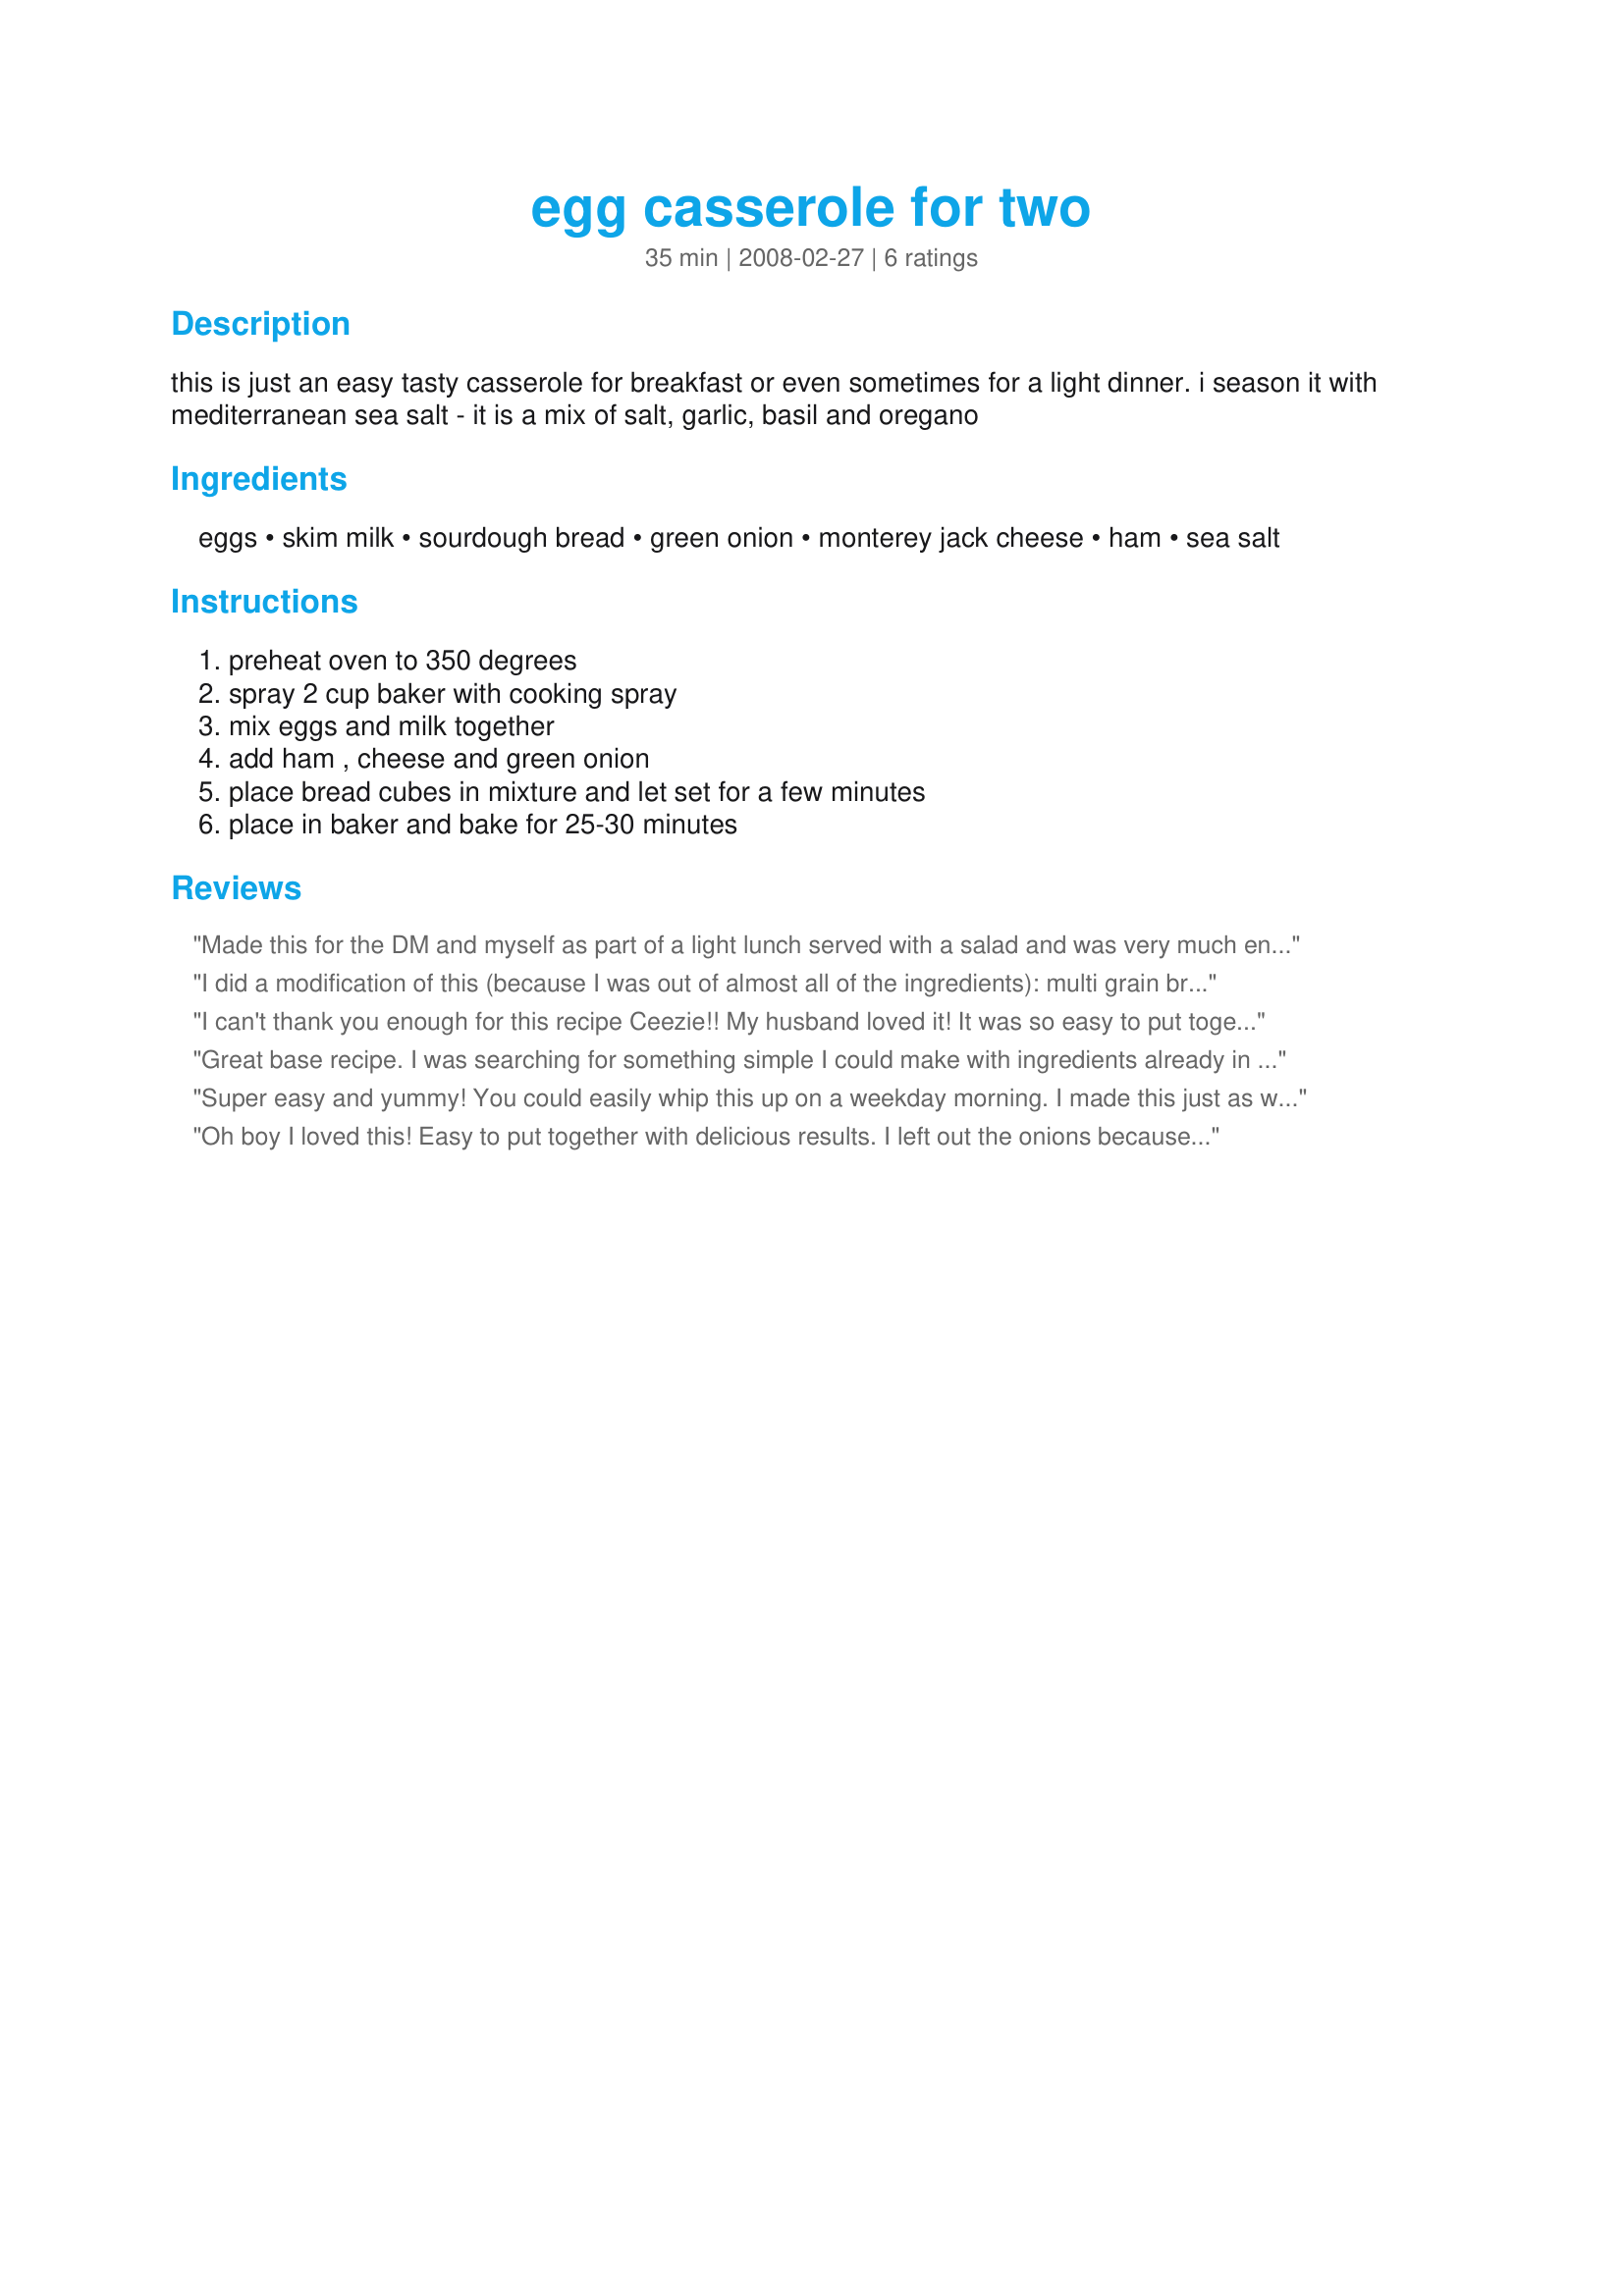
egg casserole for two
Preparation time: 35 minutes

this is just an easy tasty casserole for breakfast or even sometimes for a light dinner. i season it with mediterranean sea salt - it is a mix of salt, garlic, basil and oregano

Ingredients:
eggs, skim milk, sourdough bread, green onion, monterey jack cheese, ham, sea salt

Steps:
preheat oven to 350 degrees, spray 2 cup baker with cooking spray, mix eggs and milk together, add ham , cheese and green onion, place bread cubes in mixture and let set for a few minutes, place in baker and bake for 25-30 minutes

Reviews:
Made this for the DM and myself as part of a light lunch served with a salad and was very much enjoyed. I used garlic flavoured croutons for the sour dough and a sharp vintage cheddar for the cheese and baked at 175C fan forced oven for 30 minutes. Thank you Ceezie, made for Every Day a Holiday.
I did a modification of this (because I was out of almost all of the ingredients): multi grain bread, yellow onion, alfredo sauce and pepperoni. It turned out really well. I added a little goat cheese too. Thanks for the recipe I'll have to try the original way! :)
I can't thank you enough for this recipe Ceezie!! My husband loved it! It was so easy to put together as well. I used 4oz homemade lean ground turkey sausage, low fat Mexican cheese & 1 slice of whole wheat bread. I also used Eggbeaters--mixed it with some salt, pepper & onion powder (left out the onions; hubby preference!). 25 min was perfect baking time. Appreciate the helpful reviews as well!! Thanks again!
Great base recipe. I was searching for something simple I could make with ingredients already in my house, and I found this. I used whole grain bread, sausage, red onion and a provelone/feta cheese mixture. Very good, although I didn't like the sunflower seeds in my bread. I think the recipe as written sounds even better, and all the ingredients are on my shopping list. I love that you just mix it all together and put it in the oven.
Super easy and yummy! You could easily whip this up on a weekday morning. I made this just as written (used 2 green onions, though) and loved it. Thanx for sharing!
Oh boy I loved this! Easy to put together with delicious results. I left out the onions because I don't care for them, otherwise made as specified. I think that a sausage/cheddar or bacon/swiss combination would be great too. Thanks for posting this recipe!
